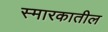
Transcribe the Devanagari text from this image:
स्मारकातील